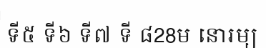
ទី៥ ទី៦ ទី៧ ទី ៨28ម នោរម្យ